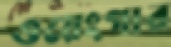
ওয়েংগার